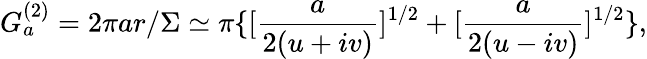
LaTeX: G_{a}^{(2)}=2\pi ar/\Sigma\simeq\pi\{ [\frac{a}{2(u+iv)}]^{1/2}+[\frac{a}{2(u-iv)}]^{1/2}\} ,